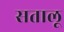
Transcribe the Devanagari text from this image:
सतालू